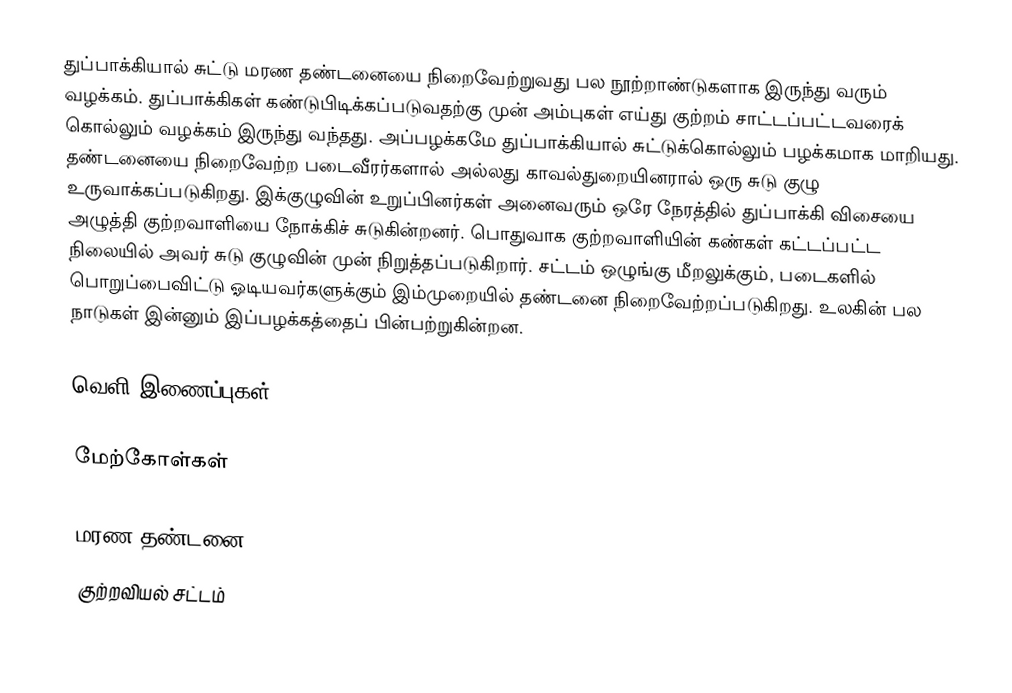
துப்பாக்கியால் சுட்டு மரண தண்டனையை நிறைவேற்றுவது பல நூற்றாண்டுகளாக இருந்து வரும் வழக்கம். துப்பாக்கிகள் கண்டுபிடிக்கப்படுவதற்கு முன் அம்புகள் எய்து குற்றம் சாட்டப்பட்டவரைக் கொல்லும் வழக்கம் இருந்து வந்தது. அப்பழக்கமே துப்பாக்கியால் சுட்டுக்கொல்லும் பழக்கமாக மாறியது. தண்டனையை நிறைவேற்ற படைவீரர்களால் அல்லது காவல்துறையினரால் ஒரு சுடு குழு உருவாக்கப்படுகிறது. இக்குழுவின் உறுப்பினர்கள் அனைவரும் ஒரே நேரத்தில் துப்பாக்கி விசையை அழுத்தி குற்றவாளியை நோக்கிச் சுடுகின்றனர். பொதுவாக குற்றவாளியின் கண்கள் கட்டப்பட்ட நிலையில் அவர் சுடு குழுவின் முன் நிறுத்தப்படுகிறார். சட்டம் ஒழுங்கு மீறலுக்கும், படைகளில் பொறுப்பைவிட்டு ஓடியவர்களுக்கும் இம்முறையில் தண்டனை நிறைவேற்றப்படுகிறது. உலகின் பல நாடுகள் இன்னும் இப்பழக்கத்தைப் பின்பற்றுகின்றன.

வெளி இணைப்புகள்

மேற்கோள்கள்

மரண தண்டனை
குற்றவியல் சட்டம்